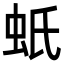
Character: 蚔